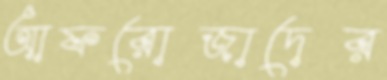
আফরোজাদের